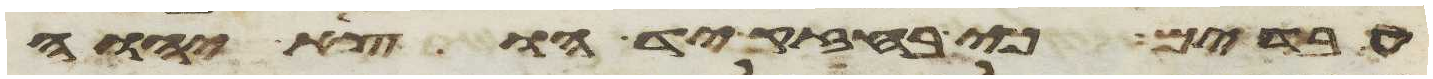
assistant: עבדים כי בחזק יד הוציא יהוה